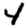
Digit: 4